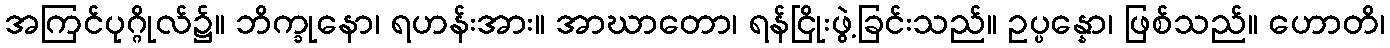
အကြင်ပုဂ္ဂိုလ်၌။ ဘိက္ခုနော၊ ရဟန်းအား။ အာဃာတော၊ ရန်ငြိုးဖွဲ့ခြင်းသည်။ ဥပ္ပန္နော၊ ဖြစ်သည်။ ဟောတိ၊